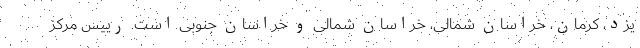
یزد، کرمان، خراسان شمالی، خراسان شمالی و خراسان جنوبی است. رییس مرکز